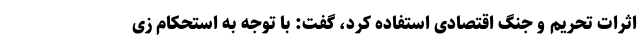
اثرات تحریم و جنگ اقتصادی استفاده کرد، گفت: با توجه به استحکام زی